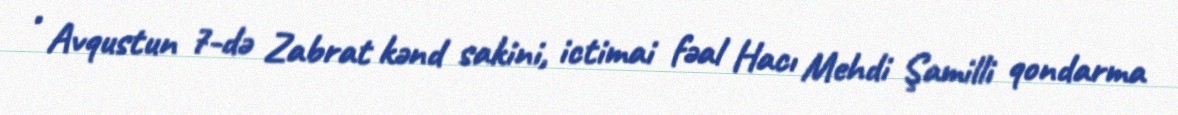
• Avqustun 7-də Zabrat kənd sakini, ictimai fəal Hacı Mehdi Şamilli qondarma